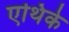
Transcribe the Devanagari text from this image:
एथिके